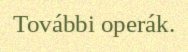
További operák.